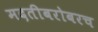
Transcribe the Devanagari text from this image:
मदतीबरोबरच